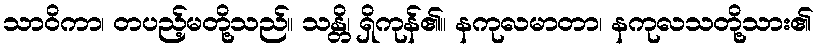
သာဝိကာ၊ တပည့်မတို့သည်။ သန္တိ၊ ရှိကုန်၏။ နကုလမာတာ၊ နကုလသတို့သား၏